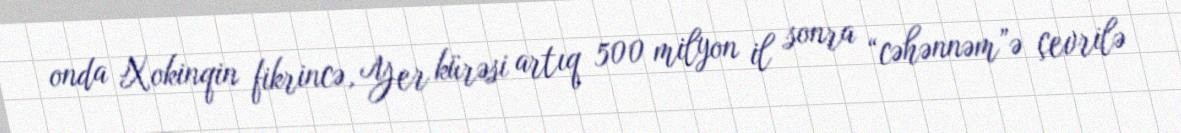
onda Xokinqin fikrincə, Yer kürəsi artıq 500 milyon il sonra “cəhənnəm”ə çevrilə